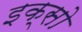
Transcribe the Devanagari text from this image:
इक्सो